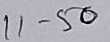
11 - 50